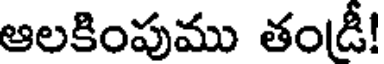
ఆలకింపుము తండీ!